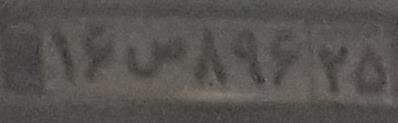
۱۶س۸۹۶۲۵